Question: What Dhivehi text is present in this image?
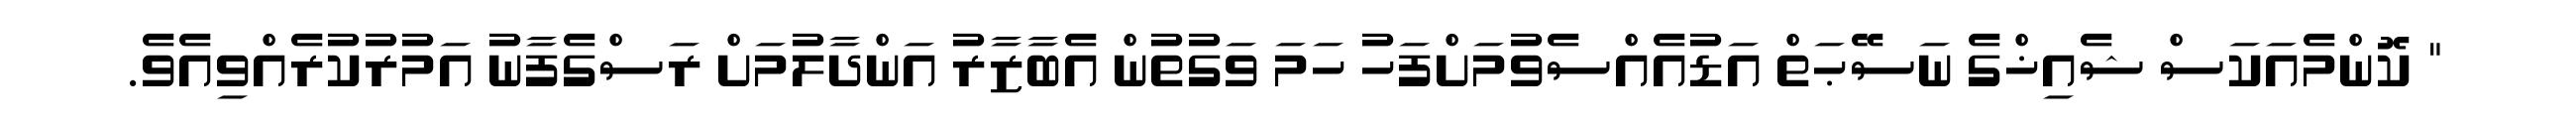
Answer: " ކޮންމެއަކަސް ޝެއިޚްގެ ނަސޭޙަތް އަޑުއެއްސެވުމަށްފަހު ހަމަ ވަގުތުން އެބާޒާރު އަންދާލުމަށް ރަސްގެފާނު އަމުރުކުރެއްވިއެވެ.